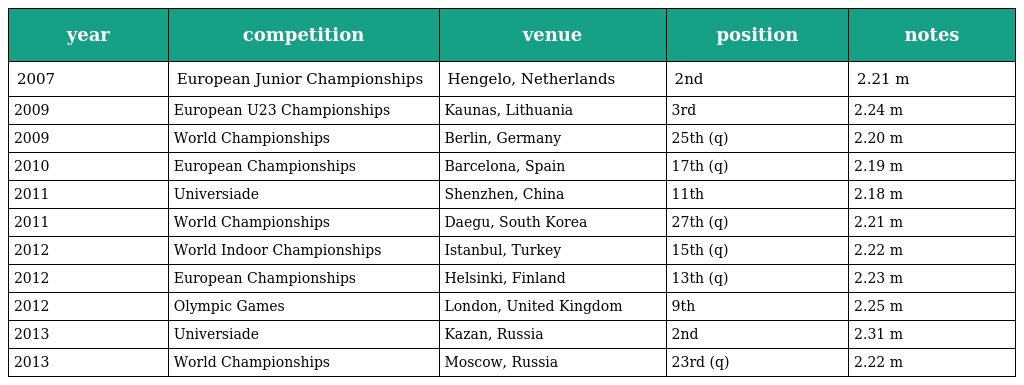
| year | competition | venue | position | notes |
 | --- | --- | --- | --- | --- |
 | 2007 | European Junior Championships | Hengelo, Netherlands | 2nd | 2.21 m |
 | 2009 | European U23 Championships | Kaunas, Lithuania | 3rd | 2.24 m |
 | 2009 | World Championships | Berlin, Germany | 25th (q) | 2.20 m |
 | 2010 | European Championships | Barcelona, Spain | 17th (q) | 2.19 m |
 | 2011 | Universiade | Shenzhen, China | 11th | 2.18 m |
 | 2011 | World Championships | Daegu, South Korea | 27th (q) | 2.21 m |
 | 2012 | World Indoor Championships | Istanbul, Turkey | 15th (q) | 2.22 m |
 | 2012 | European Championships | Helsinki, Finland | 13th (q) | 2.23 m |
 | 2012 | Olympic Games | London, United Kingdom | 9th | 2.25 m |
 | 2013 | Universiade | Kazan, Russia | 2nd | 2.31 m |
 | 2013 | World Championships | Moscow, Russia | 23rd (q) | 2.22 m |